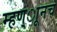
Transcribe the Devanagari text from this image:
म्हण्ाूनच